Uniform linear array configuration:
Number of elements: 48
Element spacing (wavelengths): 0.5
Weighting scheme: binomial
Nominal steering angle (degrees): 15
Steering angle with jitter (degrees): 14.157
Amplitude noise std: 0.05
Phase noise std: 0.05

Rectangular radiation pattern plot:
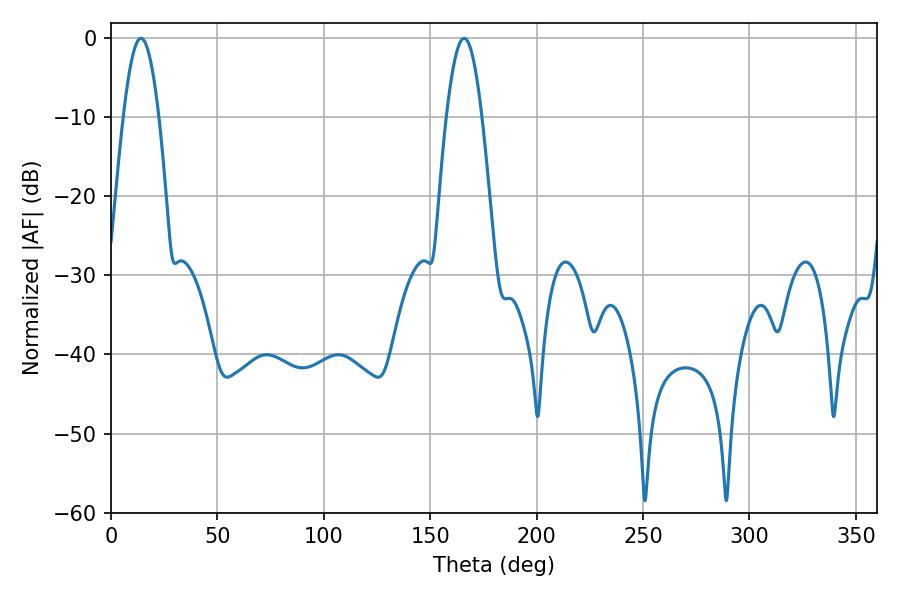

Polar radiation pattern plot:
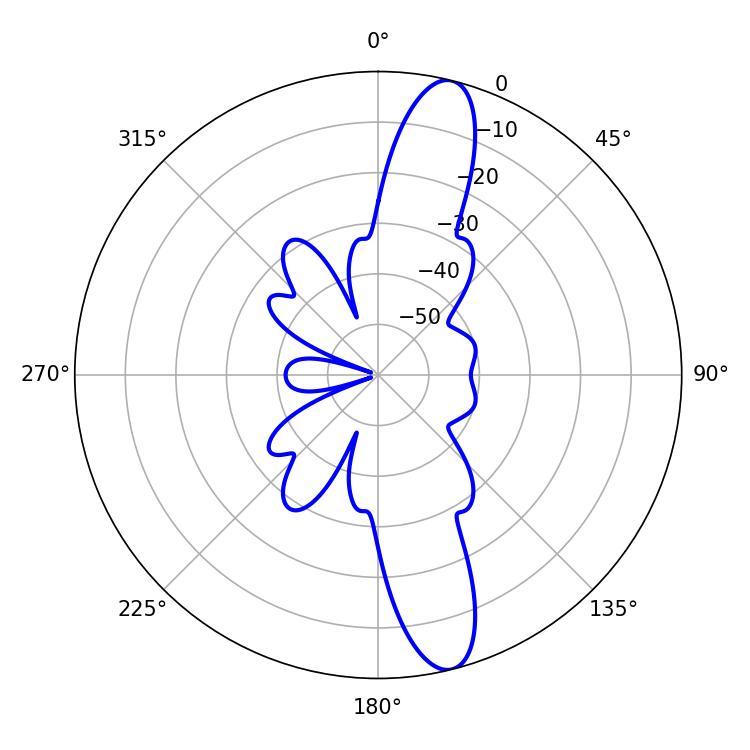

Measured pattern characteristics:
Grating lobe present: FALSE
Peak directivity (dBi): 13.82
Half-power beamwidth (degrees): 9
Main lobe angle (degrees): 14.04